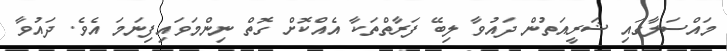
މައްސަލާގައި ޝަރީއަތުން ދައުވާ ލިބޭ ފަރާތްތަކާ އެއްކޮށް ގޮތް ނިންމަވައިފިނަމަ އެވެ. ދައުވާ